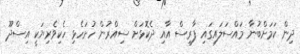
ދިން ކަމަށްބުނާ މައްސަލައިގައި ފާރިސް އާއި ދެކޮޅަށް ސިއްރުން ހުށަހެޅި ހެކިވެރިޔަކީ އިސްދޫ